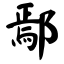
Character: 鄢